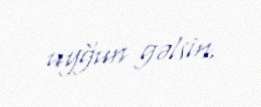
uyğun gəlsin.